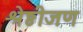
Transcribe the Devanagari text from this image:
श्रेष्ठीजण